Cholera in southern India
Disease focus: Cholera
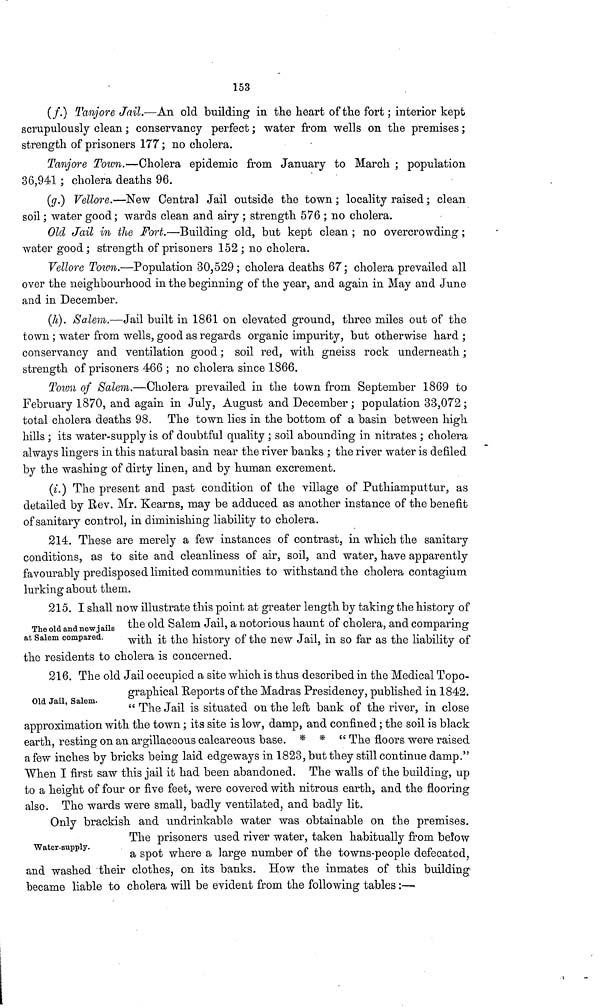
153
(f.) Tanjore Jail.—An old building in the heart of the fort ; interior kept
scrupulously clean ; conservancy perfect ; water from wells on the premises ;
strength of prisoners 177 ; no cholera.
Tanjore Town.—Cholera epidemic from January to March ; population
36,941 ; cholera deaths 96.
(g.) Vellore.—New Central Jail outside the town ; locality raised ; clean
soil ; water good; wards clean and airy ; strength 576 ; no cholera.
Old Jail in the Fort.—Building old, but kept clean ; no overcrowding ;
water good; strength of prisoners 152 ; no cholera.
Vellore Town.—Population 30,529; cholera deaths 67; cholera prevailed all
over the neighbourhood in the beginning of the year, and again in May and June
and in December.
(h). Salem.—Jail built in 1861 on elevated ground, three miles out of the
town ; water from wells, good as regards organic impurity, but otherwise hard ;
conservancy and ventilation good ; soil red, with gneiss rock underneath ;
strength of prisoners 466 ; no cholera since 1866.
Town of Salem.—Cholera prevailed in the town from September 1869 to
February 1870, and again in July, August and December ; population 33,072 ;
total cholera deaths 98. The town lies in the bottom of a basin between high
hills ; its water-supply is of doubtful quality ; soil abounding in nitrates ; cholera
always lingers in this natural basin near the river banks ; the river water is defiled
by the washing of dirty linen, and by human excrement.
(i.) The present and past condition of the village of Puthiamputtur, as
detailed by Rev. Mr. Kearns, may be adduced as another instance of the benefit
of sanitary control, in diminishing liability to cholera.
214. These are merely a few instances of contrast, in which the sanitary
conditions, as to site and cleanliness of air, soil, and water, have apparently
favourably predisposed limited communities to withstand the cholera contagium
lurking about them.
The old and new jails
at Salem compared.
215. I shall now illustrate this point at greater length by taking the history of
the old Salem Jail, a notorious haunt of cholera, and comparing
with it the history of the new Jail, in so far as the liability of
the residents to cholera is concerned.
Old Jail, Salem.
216. The old Jail occupied a site which is thus described in the Medical Topo-
graphical Reports of the Madras Presidency, published in 1842.
" The Jail is situated on the left bank of the river, in close
approximation with the town ; its site is low, damp, and confined ; the soil is black
earth, resting on an argillaceous calcareous base. * * " The floors were raised
a few inches by bricks being laid edgeways in 1823, but they still continue damp."
When I first saw this jail it had been abandoned. The walls of the building, up
to a height of four or five feet, were covered with nitrous earth, and the flooring
also. The wards were small, badly ventilated, and badly lit.
Water-supply.
Only brackish and undrinkable water was obtainable on the premises.
The prisoners used river water, taken habitually from below
a spot where a large number of the towns-people defecated,
and washed their clothes, on its banks. How the inmates of this building
became liable to cholera will be evident from the following tables :—